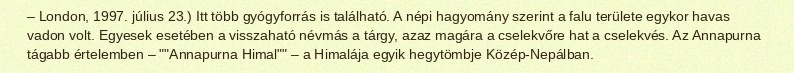
– London, 1997. július 23.) Itt több gyógyforrás is található. A népi hagyomány szerint a falu területe egykor havas vadon volt. Egyesek esetében a visszaható névmás a tárgy, azaz magára a cselekvőre hat a cselekvés. Az Annapurna tágabb értelemben – ""Annapurna Himal"" – a Himalája egyik hegytömbje Közép-Nepálban.